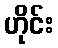
ဟိုင်း